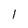
Character: l